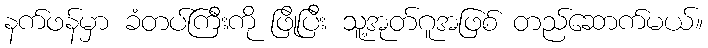
နက်ဖန်မှာ ခံတပ်ကြီးကို ဖြိုပြီး သူ့အုတ်ဂူအဖြစ် တည်ဆောက်မယ်။